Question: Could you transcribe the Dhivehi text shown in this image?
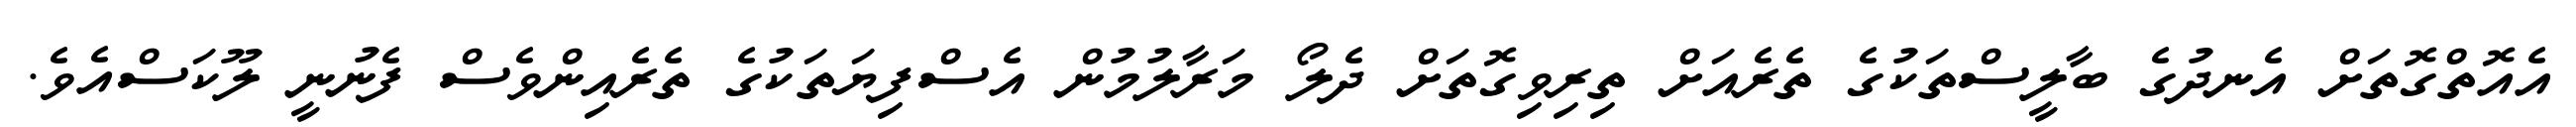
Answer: އެއޮތްގޮތަށް އެނދުގެ ބާލީސްތަކުގެ ތެރެއަށް ތިރިވިގޮތަށް ދެލޯ މަރާލުމުން އެސްފިޔަތަކުގެ ތެރެއިންވެސް ފެނުނީ ލޫކަސްއެވެ.